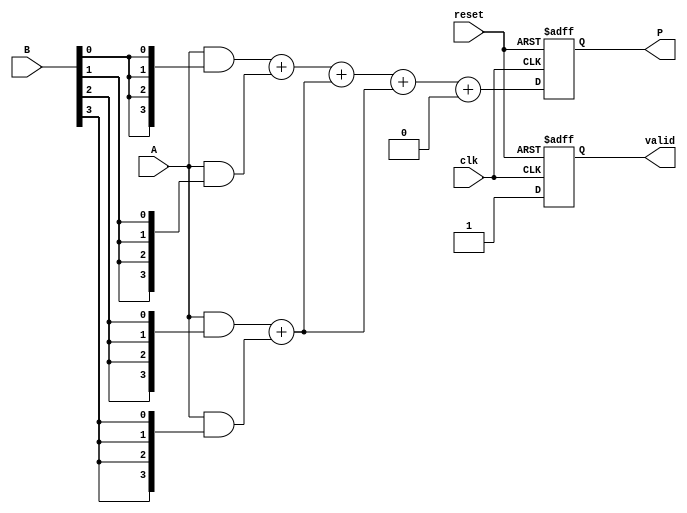
module WallaceTreeMultiplier #(
    parameter N = 4 // Size of the input binary numbers
)(
    input wire clk,
    input wire reset,
    input wire [N-1:0] A,
    input wire [N-1:0] B,
    output reg [2*N-1:0] P,
    output reg valid
);

    // Internal signals
    reg [N-1:0] partial_products[N-1:0];
    reg [2*N-1:0] sum_stage[2*N-1:0];
    reg [2*N-1:0] carry_stage[2*N-1:0];
    reg [2*N-1:0] final_sum;
    reg [2*N-1:0] final_carry;
    integer i, j;

    // Generate partial products
    always @(*) begin
        for (i = 0; i < N; i = i + 1) begin
            partial_products[i] = A & {N{B[i]}};
        end
    end

    // Wallace tree reduction
    always @(posedge clk or posedge reset) begin
        if (reset) begin
            P <= 0;
            valid <= 0;
        end else begin
            // Initialize sum and carry stages
            for (i = 0; i < N; i = i + 1) begin
                sum_stage[i] = partial_products[i];
                carry_stage[i] = 0;
            end

            // Reduction process
            for (i = 0; i < N-1; i = i + 1) begin
                for (j = 0; j < (N + 1) / 2; j = j + 1) begin
                    if (2*j < N) begin
                        {carry_stage[j], sum_stage[j]} = sum_stage[2*j] + sum_stage[2*j + 1];
                    end
                end
            end

            // Final addition of the last sum and carry
            final_sum = sum_stage[0];
            final_carry = carry_stage[0];

            // Combine final results
            P <= final_sum + final_carry;
            valid <= 1; // Set valid signal when multiplication is complete
        end
    end

endmodule